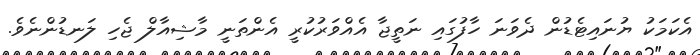
އެކަމަކު ޔުނައިޓެޑުން ދެވަނަ ހާފުގައި ނަތީޖާ އެއްވަރުކުރީ އެންތަނީ މާޝިއާލް ޖެހި ލަނޑުންނެވެ.